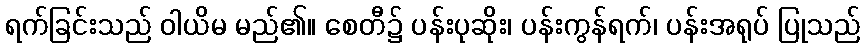
ရက်ခြင်းသည် ဝါယိမ မည်၏။ စေတီ၌ ပန်းပုဆိုး၊ ပန်းကွန်ရက်၊ ပန်းအရုပ် ပြုသည်